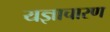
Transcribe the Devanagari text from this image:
यज्ञाचारण